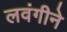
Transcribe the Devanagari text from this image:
लवंगीने